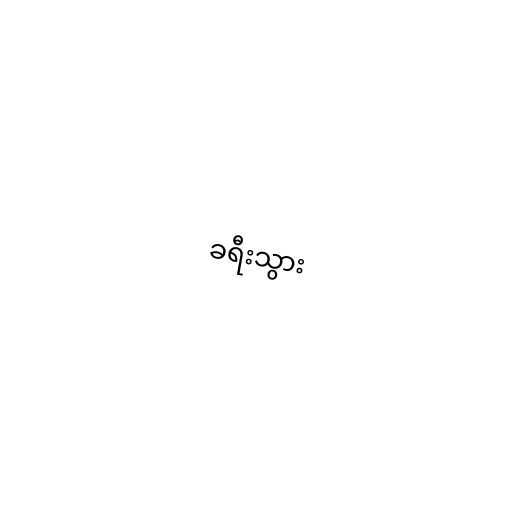
ခရီးသွား